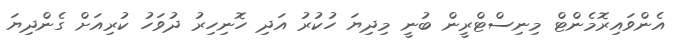
އެންވައިރޮމެންޓް މިނިސްޓްރީން ބުނީ މިދިޔަ ހުކުރު އަދި ހޮނިހިރު ދުވަހު ކުރިއަށް ގެންދިޔަ